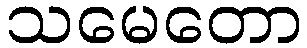
သမေတော